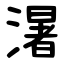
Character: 濐